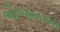
ભોજબાસા